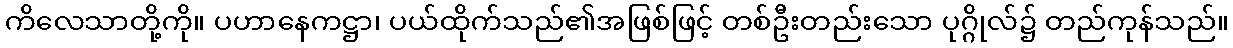
ကိလေသာတို့ကို။ ပဟာနေကဋ္ဌာ၊ ပယ်ထိုက်သည်၏အဖြစ်ဖြင့် တစ်ဦးတည်းသော ပုဂ္ဂိုလ်၌ တည်ကုန်သည်။